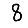
Digit: 8